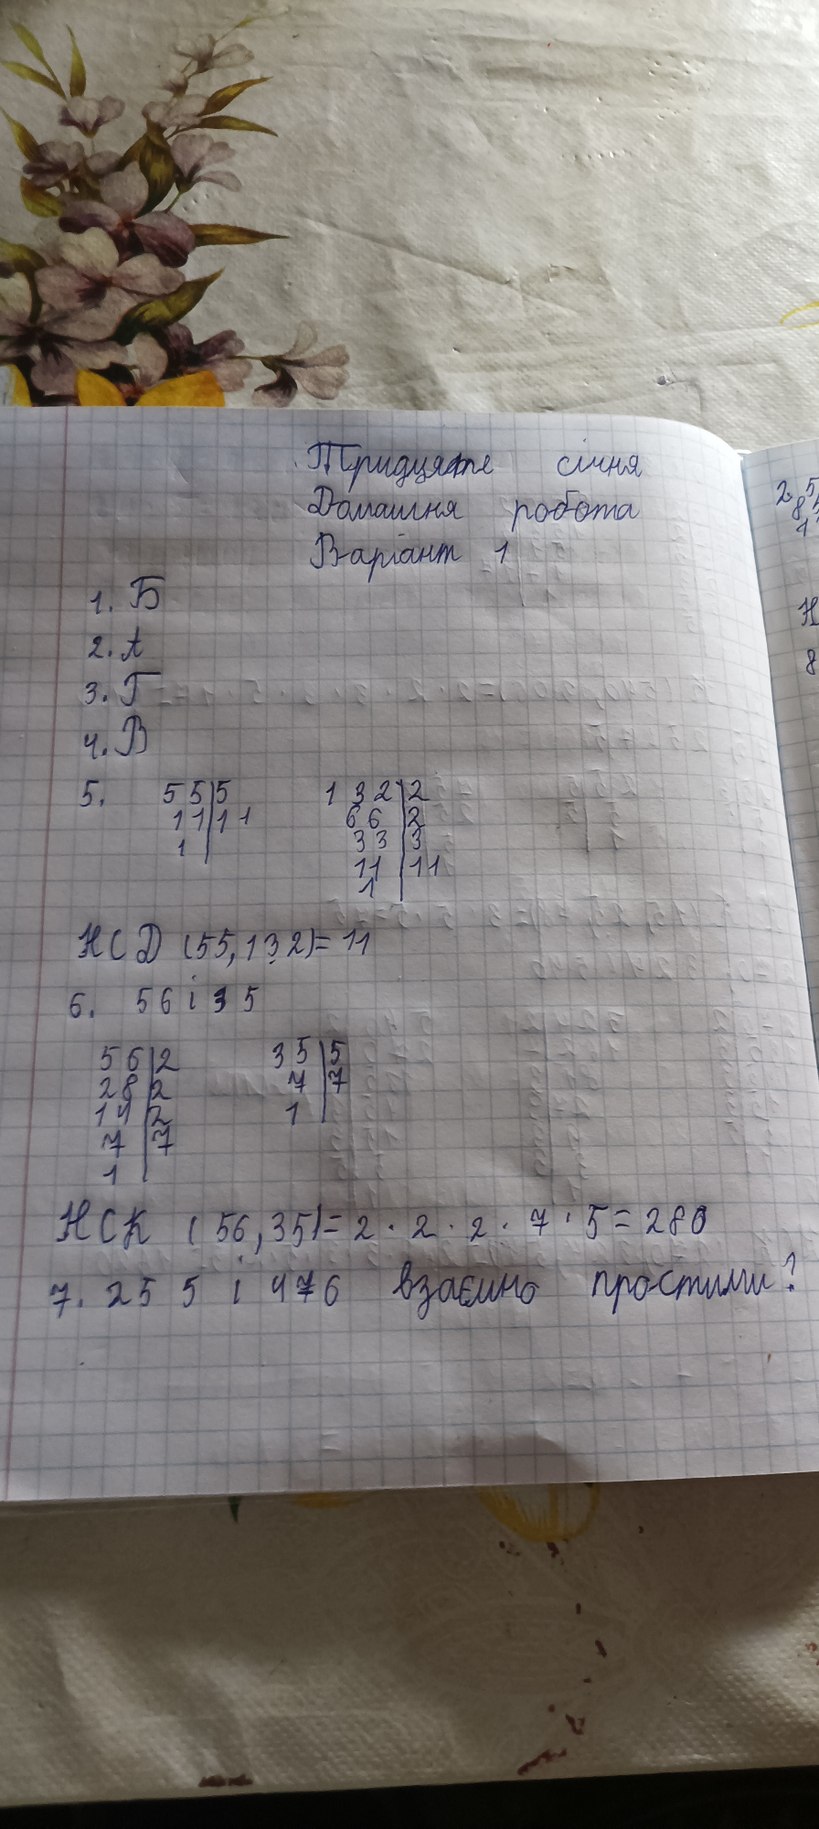
Тридцяте січня
Домашня робота
Варіант 1
1. Б
2. А
3. Г
4. B
55 | 5
11 | 11
1 |
132 | 2
66 | 2
33 | 3
11 | 11
1 |
5.
НСД (55, 132) = 11
6. 56 і 35
35 | 5
7 | 7
1 |
56 | 2
28 | 2
14 | 2
7 | 7
1 |
НСК ( 56, 35) = 2 * 2 * 2 * 7 * 5 = 280
7. 25 5 і 476 взаємно простими?